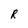
Character: R